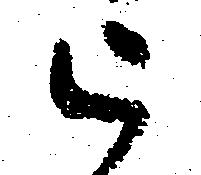
被